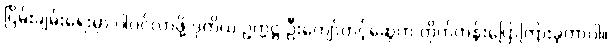
ငြိမ်းချမ်းရေးမှာ ပါဝင်လာဖို့ ဒုတိယ ဥက္ကဋ္ဌ ဦးကျော်တင့်ဆွေက တိုက်တွန်းပြောကြားခဲ့တာပါ။